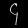
Digit: ၄